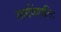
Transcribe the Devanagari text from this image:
सप्तविंशतिः